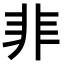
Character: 𩇦